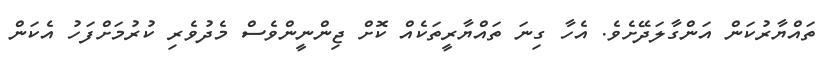
ތައްޔާރުކަން އަންގާލަދޭށެވެ. އެހާ ގިނަ ތައްޔާރީތަކެއް ކޮށް ޖިންނީންވެސް މެދުވެރި ކުރުމަށްފަހު އެކަން